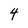
Character: 4